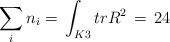
\begin{align*}\sum_i n_i=\, \int_{K3}trR^2\, =\, 24\end{align*}